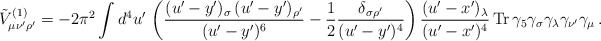
\begin{align*}\tilde{V}_{\mu\nu'\rho'}^{(1)}=-2\pi^2\int d^4u'\,\left(\frac{(u'-y')_\sigma\,(u'-y')_{\rho'}}{(u'-y')^6}-\frac{1}{2}\frac{\delta_{\sigma\rho'}}{(u'-y')^4}\right)\frac{(u'-x')_\lambda}{(u'-x')^4}\,{\rm Tr}\,\gamma_5\gamma_\sigma\gamma_\lambda\gamma_{\nu'}\gamma_\mu \, .\end{align*}